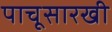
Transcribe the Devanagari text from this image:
पाचूसारखी